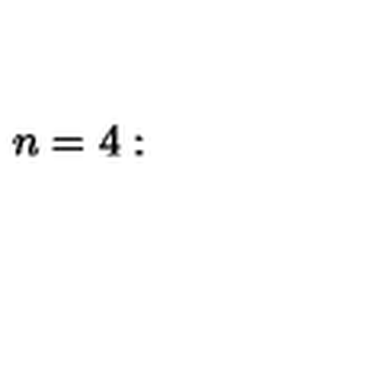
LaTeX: n = 4 : \quad